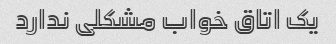
یک اتاق خواب مشکلی ندارد